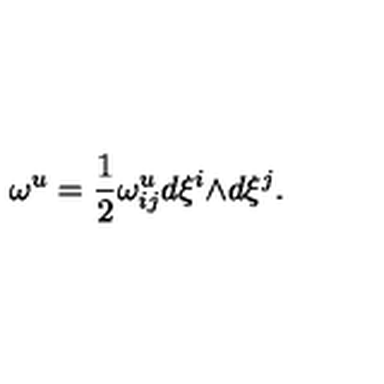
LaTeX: { \omega } ^ { u } = \frac { 1 } { 2 } { \omega } _ { i j } ^ { u } d { \xi } ^ { i } { \wedge } d { \xi } ^ { j } .